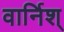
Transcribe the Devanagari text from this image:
वार्निश्